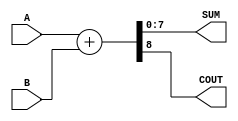
module ParameterizedAdder #(
    parameter WIDTH = 8  // Default width is 8 bits
)(
    input  [WIDTH-1:0] A,  // First operand
    input  [WIDTH-1:0] B,  // Second operand
    output [WIDTH-1:0] SUM, // Sum output
    output COUT            // Carry-out output
);

    // Internal signal for the sum
    wire [WIDTH:0] temp_sum; // Temporary sum to hold carry

    // Behavioral description using continuous assignment
    assign temp_sum = A + B;           // Calculate the sum including carry
    assign SUM = temp_sum[WIDTH-1:0];  // Assign lower WIDTH bits to SUM
    assign COUT = temp_sum[WIDTH];      // Assign carry-out

endmodule